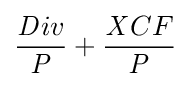
{\frac {{\mathit {D}}iv}{\mathit {P}}}+{\frac {{\mathit {X}}CF}{\mathit {P}}}